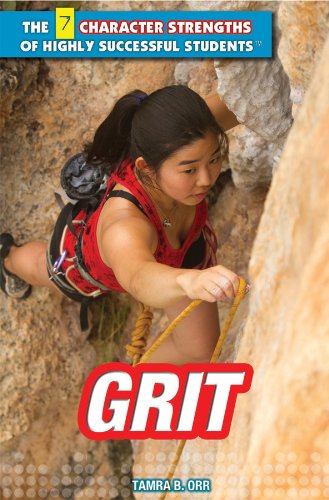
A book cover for Grit (The 7 Character Strengths of Highly Successful Students); Ramona Siddoway; Teen & Young Adult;